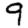
Digit: 9